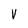
Character: V